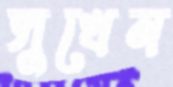
সুখেন